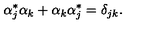
\alpha _ { j } ^ { \ast } \alpha _ { k } + \alpha _ { k } \alpha _ { j } ^ { \ast } = \delta _ { j k } .